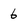
Character: 6